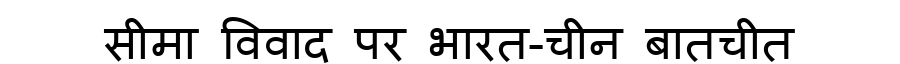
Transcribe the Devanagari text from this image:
सीमा विवाद पर भारत-चीन बातचीत